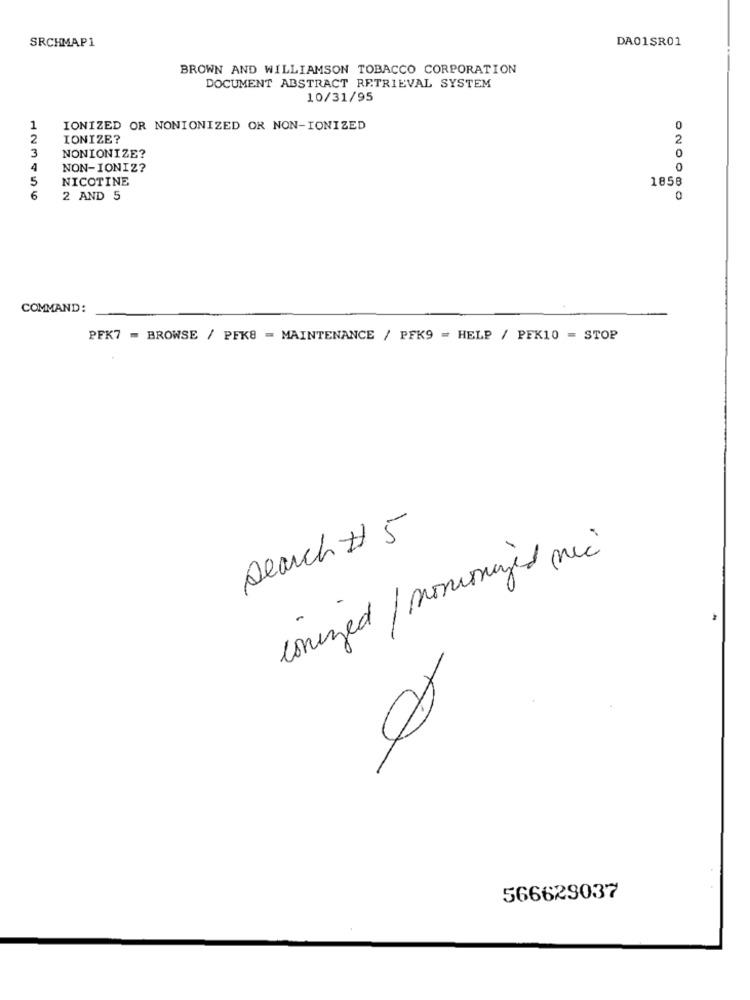
SRCHMAP1
DA01SR01
BROWN AND WILLIAMSON TOBACCO CORPORATION
DOCUMENT ABSTRACT RETRIEVAL SYSTEM
10/31/95
1
IONIZED OR NONIONIZED OR NON-IONIZED
0
2
IONIZE?
2
NONIONIZE?
3
0
4
NON-IONIZ?
0
5
NICOTINE
1858
6
2 AND 5
0
COMMAND:
PFK7 = BROWSE / PFK8 = MAINTENANCE / PFK9 = HELP / PFK10 = STOP
search # 5
conized / monomaged nic
0
566629037